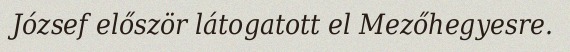
József először látogatott el Mezőhegyesre.